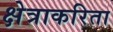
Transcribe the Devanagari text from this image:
क्षेत्राकरिता